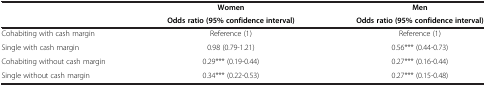
<table><thead><tr><td><b> </b></td><td><b>Women</b></td><td><b>Men</b></td></tr><tr><td><b> </b></td><td><b>Odds ratio (95% confidence interval)</b></td><td><b>Odds ratio (95% confidence interval)</b></td></tr></thead><tbody><tr><td>Cohabiting with cash margin</td><td>Reference (1)</td><td>Reference (1)</td></tr><tr><td>Single with cash margin</td><td>0.98 (0.79-1.21)</td><td>0.56*** (0.44-0.73)</td></tr><tr><td>Cohabiting without cash margin</td><td>0.29*** (0.19-0.44)</td><td>0.27*** (0.16-0.44)</td></tr><tr><td>Single without cash margin</td><td>0.34*** (0.22-0.53)</td><td>0.27*** (0.15-0.48)</td></tr></tbody></table>